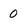
Character: 0